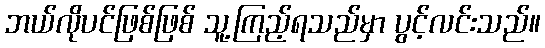
ဘယ်လိုပင်ဖြစ်ဖြစ် သူ့ကြည့်ရသည်မှာ ပွင့်လင်းသည်။